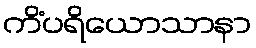
ကိံပရိယောသာနာ